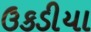
ઉકડીયા